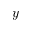
y